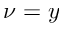
\nu = y